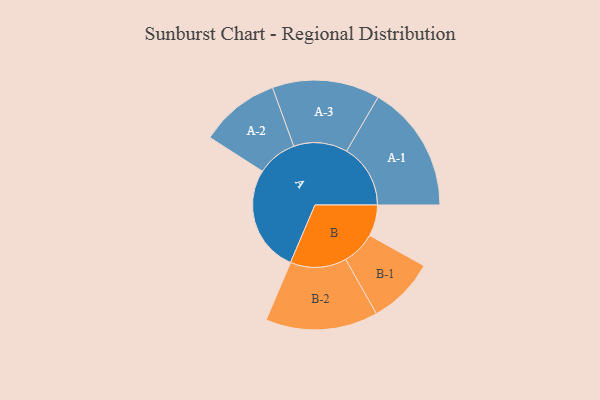
{"axis": {"x": "Segment", "y": "Value"}, "legend": ["", "A", "B"], "data": [{"x": "A", "y": 349, "type": ""}, {"x": "B", "y": 102, "type": ""}, {"x": "A-1", "y": 209, "type": "A"}, {"x": "A-2", "y": 131, "type": "A"}, {"x": "A-3", "y": 176, "type": "A"}, {"x": "B-1", "y": 110, "type": "B"}, {"x": "B-2", "y": 184, "type": "B"}]}